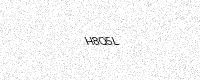
Text: H8Q5L